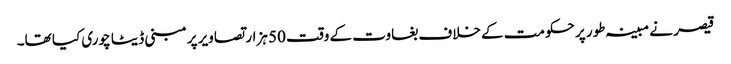
قیصر نے مبینہ طور پر حکومت کے خلاف بغاوت کے وقت 50 ہزار تصاویر پرمبنی ڈیٹا چوری کیا تھا۔